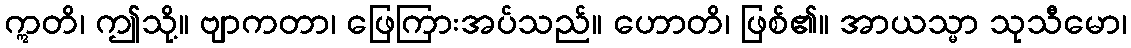
ဣတိ၊ ဤသို့။ ဗျာကတာ၊ ဖြေကြားအပ်သည်။ ဟောတိ၊ ဖြစ်၏။ အာယသ္မာ သုသီမော၊